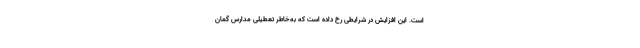
است. این افزایش در شرایطی رخ داده است که به‌خاطر تعطیلی مدارس گمان